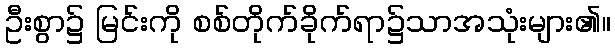
ဦးစွာ၌ မြင်းကို စစ်တိုက်ခိုက်ရာ၌သာအသုံးများ၏။